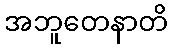
အဘူတေနာတိ